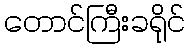
တောင်ကြီးခရိုင်